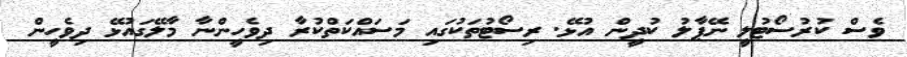
ވެސް ކުރުސޯޓުލީ ނޭޕާލު ކުދީން އުޅޭ. ރިސޯޓުތަކުގައި މަސައްކަތްކުރާ ދިވެހީންނާ މާލޭގައުޅޭ ދިވެހީން